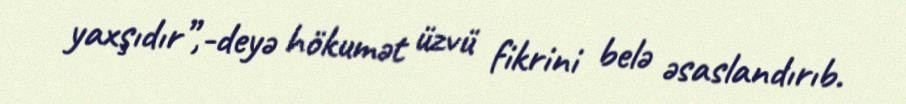
yaxşıdır”,-deyə hökumət üzvü fikrini belə əsaslandırıb.